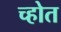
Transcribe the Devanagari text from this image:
च्होत